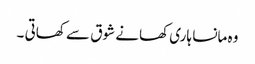
وہ مانسا ہاری کھانے شوق سے کھاتی ۔